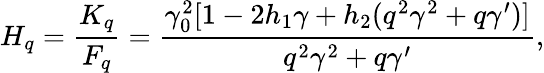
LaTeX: H_{q}=\frac{K_{q}}{F_{q}}=\frac{\gamma_{0}^{2}[1-2h_{1}\gamma+h_{2}(q^{2}\gamma^{2}+q\gamma^{\prime})]}{q^{2}\gamma^{2}+q\gamma^{\prime}},